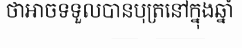
ថាអាចទទួលបានបុត្រនៅក្នុងឆ្នាំ